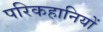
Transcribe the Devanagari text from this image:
परिकहानियों